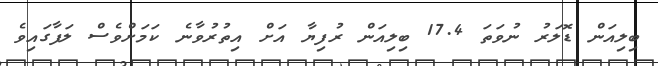
ބިލިއަން ޑޮލަރު ނުވަތަ 17.4 ބިލިއަން ރުފިޔާ އަށް އިތުރުވާނެ ކަމަށްވެސް ލަފާގައިވެ